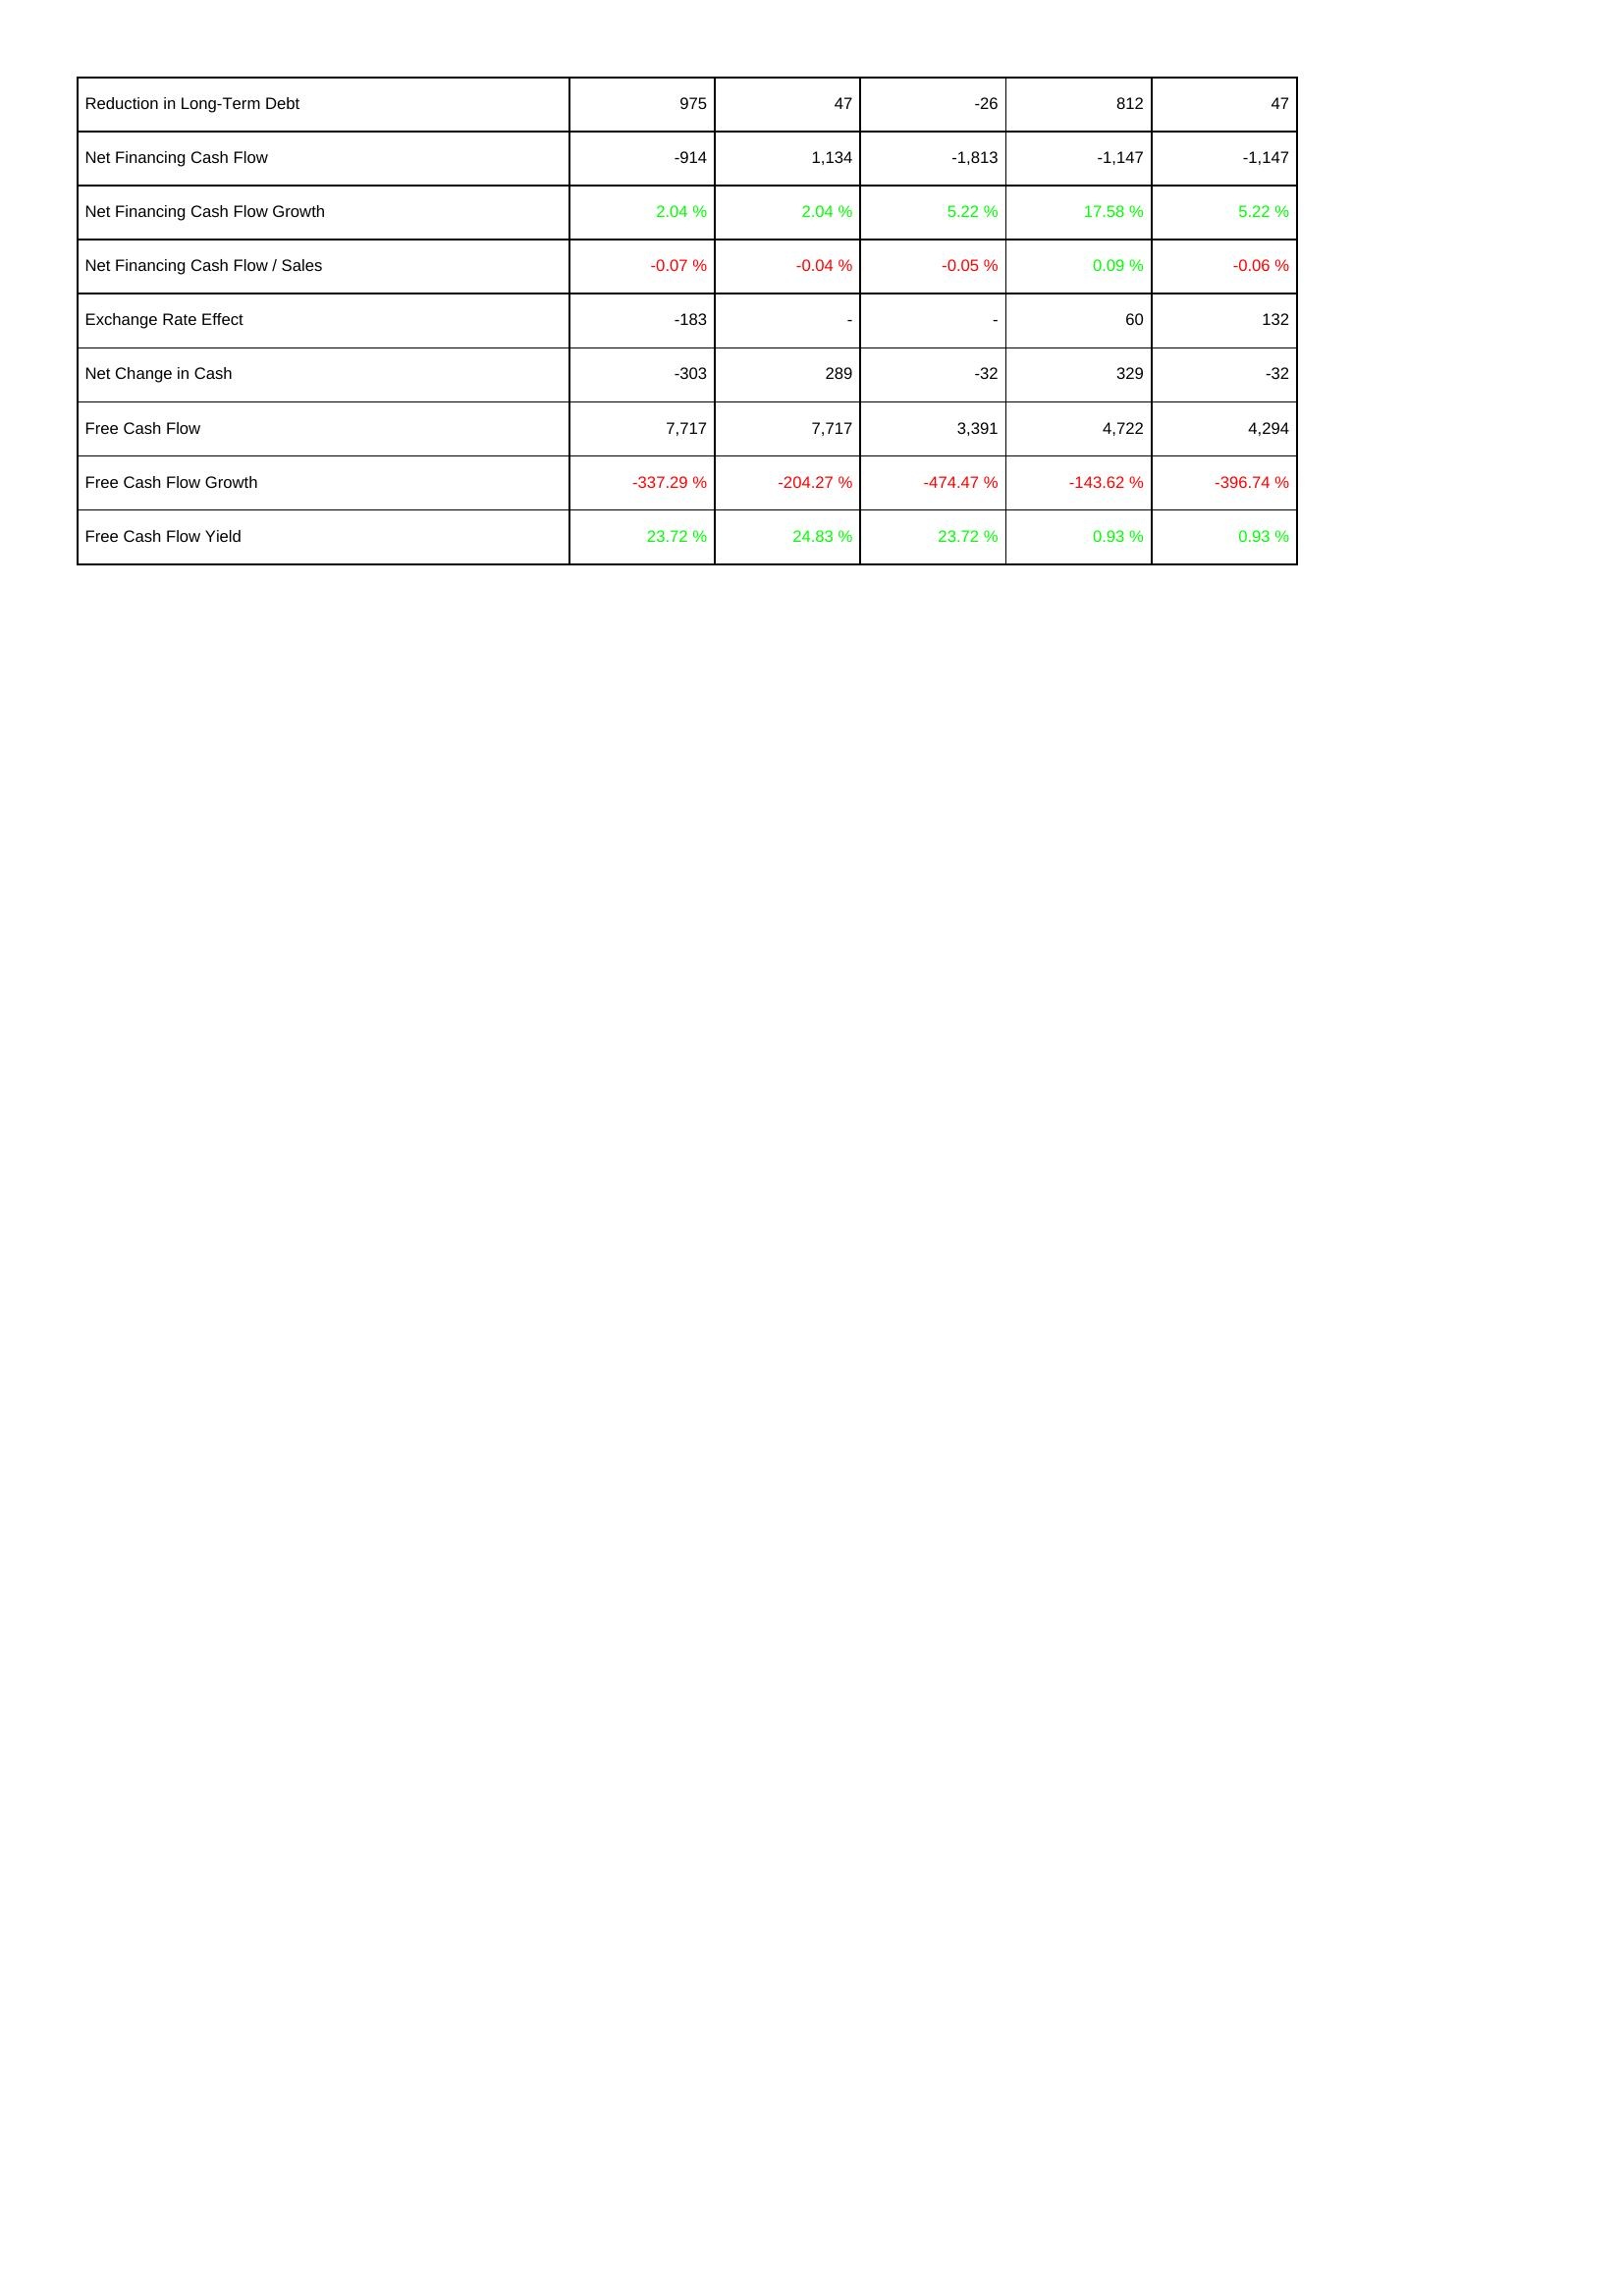
2018: Financing Activities: Reduction in Long-Term Debt: 975
Net Financing Cash Flow: -914
Net Financing Cash Flow Growth: 2.04 %
Net Financing Cash Flow / Sales: -0.07 %
Exchange Rate Effect: -183
Net Change in Cash: -303
Free Cash Flow: 7,717
Free Cash Flow Growth: -337.29 %
Free Cash Flow Yield: 23.72 %
2019: Financing Activities: Reduction in Long-Term Debt: 47
Net Financing Cash Flow: 1,134
Net Financing Cash Flow Growth: 2.04 %
Net Financing Cash Flow / Sales: -0.04 %
Exchange Rate Effect: -
Net Change in Cash: 289
Free Cash Flow: 7,717
Free Cash Flow Growth: -204.27 %
Free Cash Flow Yield: 24.83 %
2020: Financing Activities: Reduction in Long-Term Debt: -26
Net Financing Cash Flow: -1,813
Net Financing Cash Flow Growth: 5.22 %
Net Financing Cash Flow / Sales: -0.05 %
Exchange Rate Effect: -
Net Change in Cash: -32
Free Cash Flow: 3,391
Free Cash Flow Growth: -474.47 %
Free Cash Flow Yield: 23.72 %
2021: Financing Activities: Reduction in Long-Term Debt: 812
Net Financing Cash Flow: -1,147
Net Financing Cash Flow Growth: 17.58 %
Net Financing Cash Flow / Sales: 0.09 %
Exchange Rate Effect: 60
Net Change in Cash: 329
Free Cash Flow: 4,722
Free Cash Flow Growth: -143.62 %
Free Cash Flow Yield: 0.93 %
2022: Financing Activities: Reduction in Long-Term Debt: 47
Net Financing Cash Flow: -1,147
Net Financing Cash Flow Growth: 5.22 %
Net Financing Cash Flow / Sales: -0.06 %
Exchange Rate Effect: 132
Net Change in Cash: -32
Free Cash Flow: 4,294
Free Cash Flow Growth: -396.74 %
Free Cash Flow Yield: 0.93 %